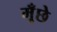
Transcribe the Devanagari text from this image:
मूँछे